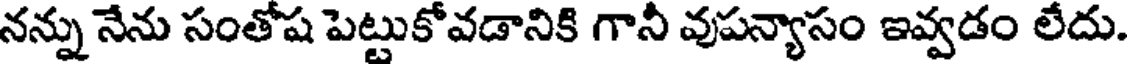
నన్ను నేను సంతోష పెట్టుకోవడానికి గానీ వుపన్యాసం ఇవ్వడం లేదు.